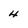
Character: 4